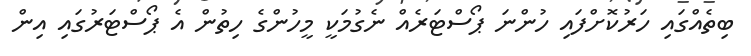
ބިތެއްގައި ހަރުކޮށްފައި ހުންނަ ޕޯސްޓަރެއް ނެގުމަކީ މީހުންގެ ހިތުން އެ ޕޯސްޓަރުގައި އިން